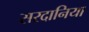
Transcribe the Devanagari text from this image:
सरदानिया